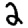
Digit: 2